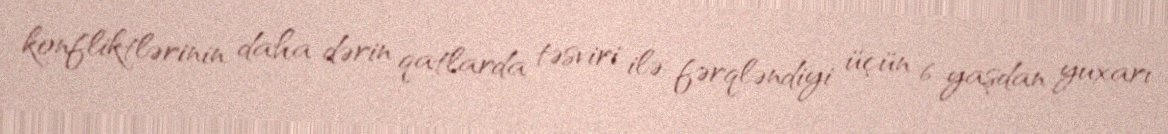
konfliktlərinin daha dərin qatlarda təsviri ilə fərqləndiyi üçün 6 yaşdan yuxarı